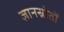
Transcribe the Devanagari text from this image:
ज्ञानस्रोतों